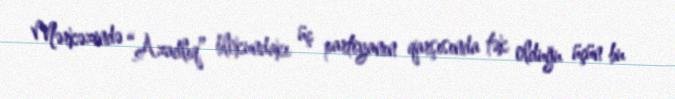
Mərkəzində “Azadlıq” blokundakı üç partiyanın qarşısında tək olduğu üçün bu